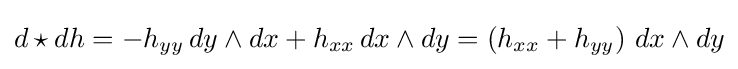
d\star dh=-h_{yy}\,dy\wedge dx+h_{xx}\,dx\wedge dy=\left(h_{xx}+h_{yy}\right)\,dx\wedge dy